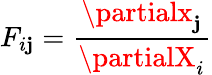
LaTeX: F_{i\mathbf{j}}=\frac{{\partialx_{\mathbf{j}}}}{{\partialX_{i}}}